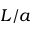
L / a